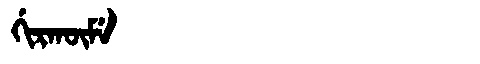
Manchu: ᡤᡳᡵᡴᡡᠮᡝ
Romanization: GIRKŪME